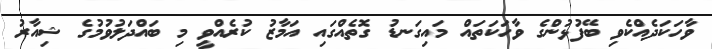
ވާހަކަދެއްކެވި ބޭފުޅުންގެ ވާހަކަތައް މައިގަނޑު ގޮތެއްގައި އަމާޒު ކުރެއްވީ މި ބައްދަލުވުމުގެ ޝިއާރު